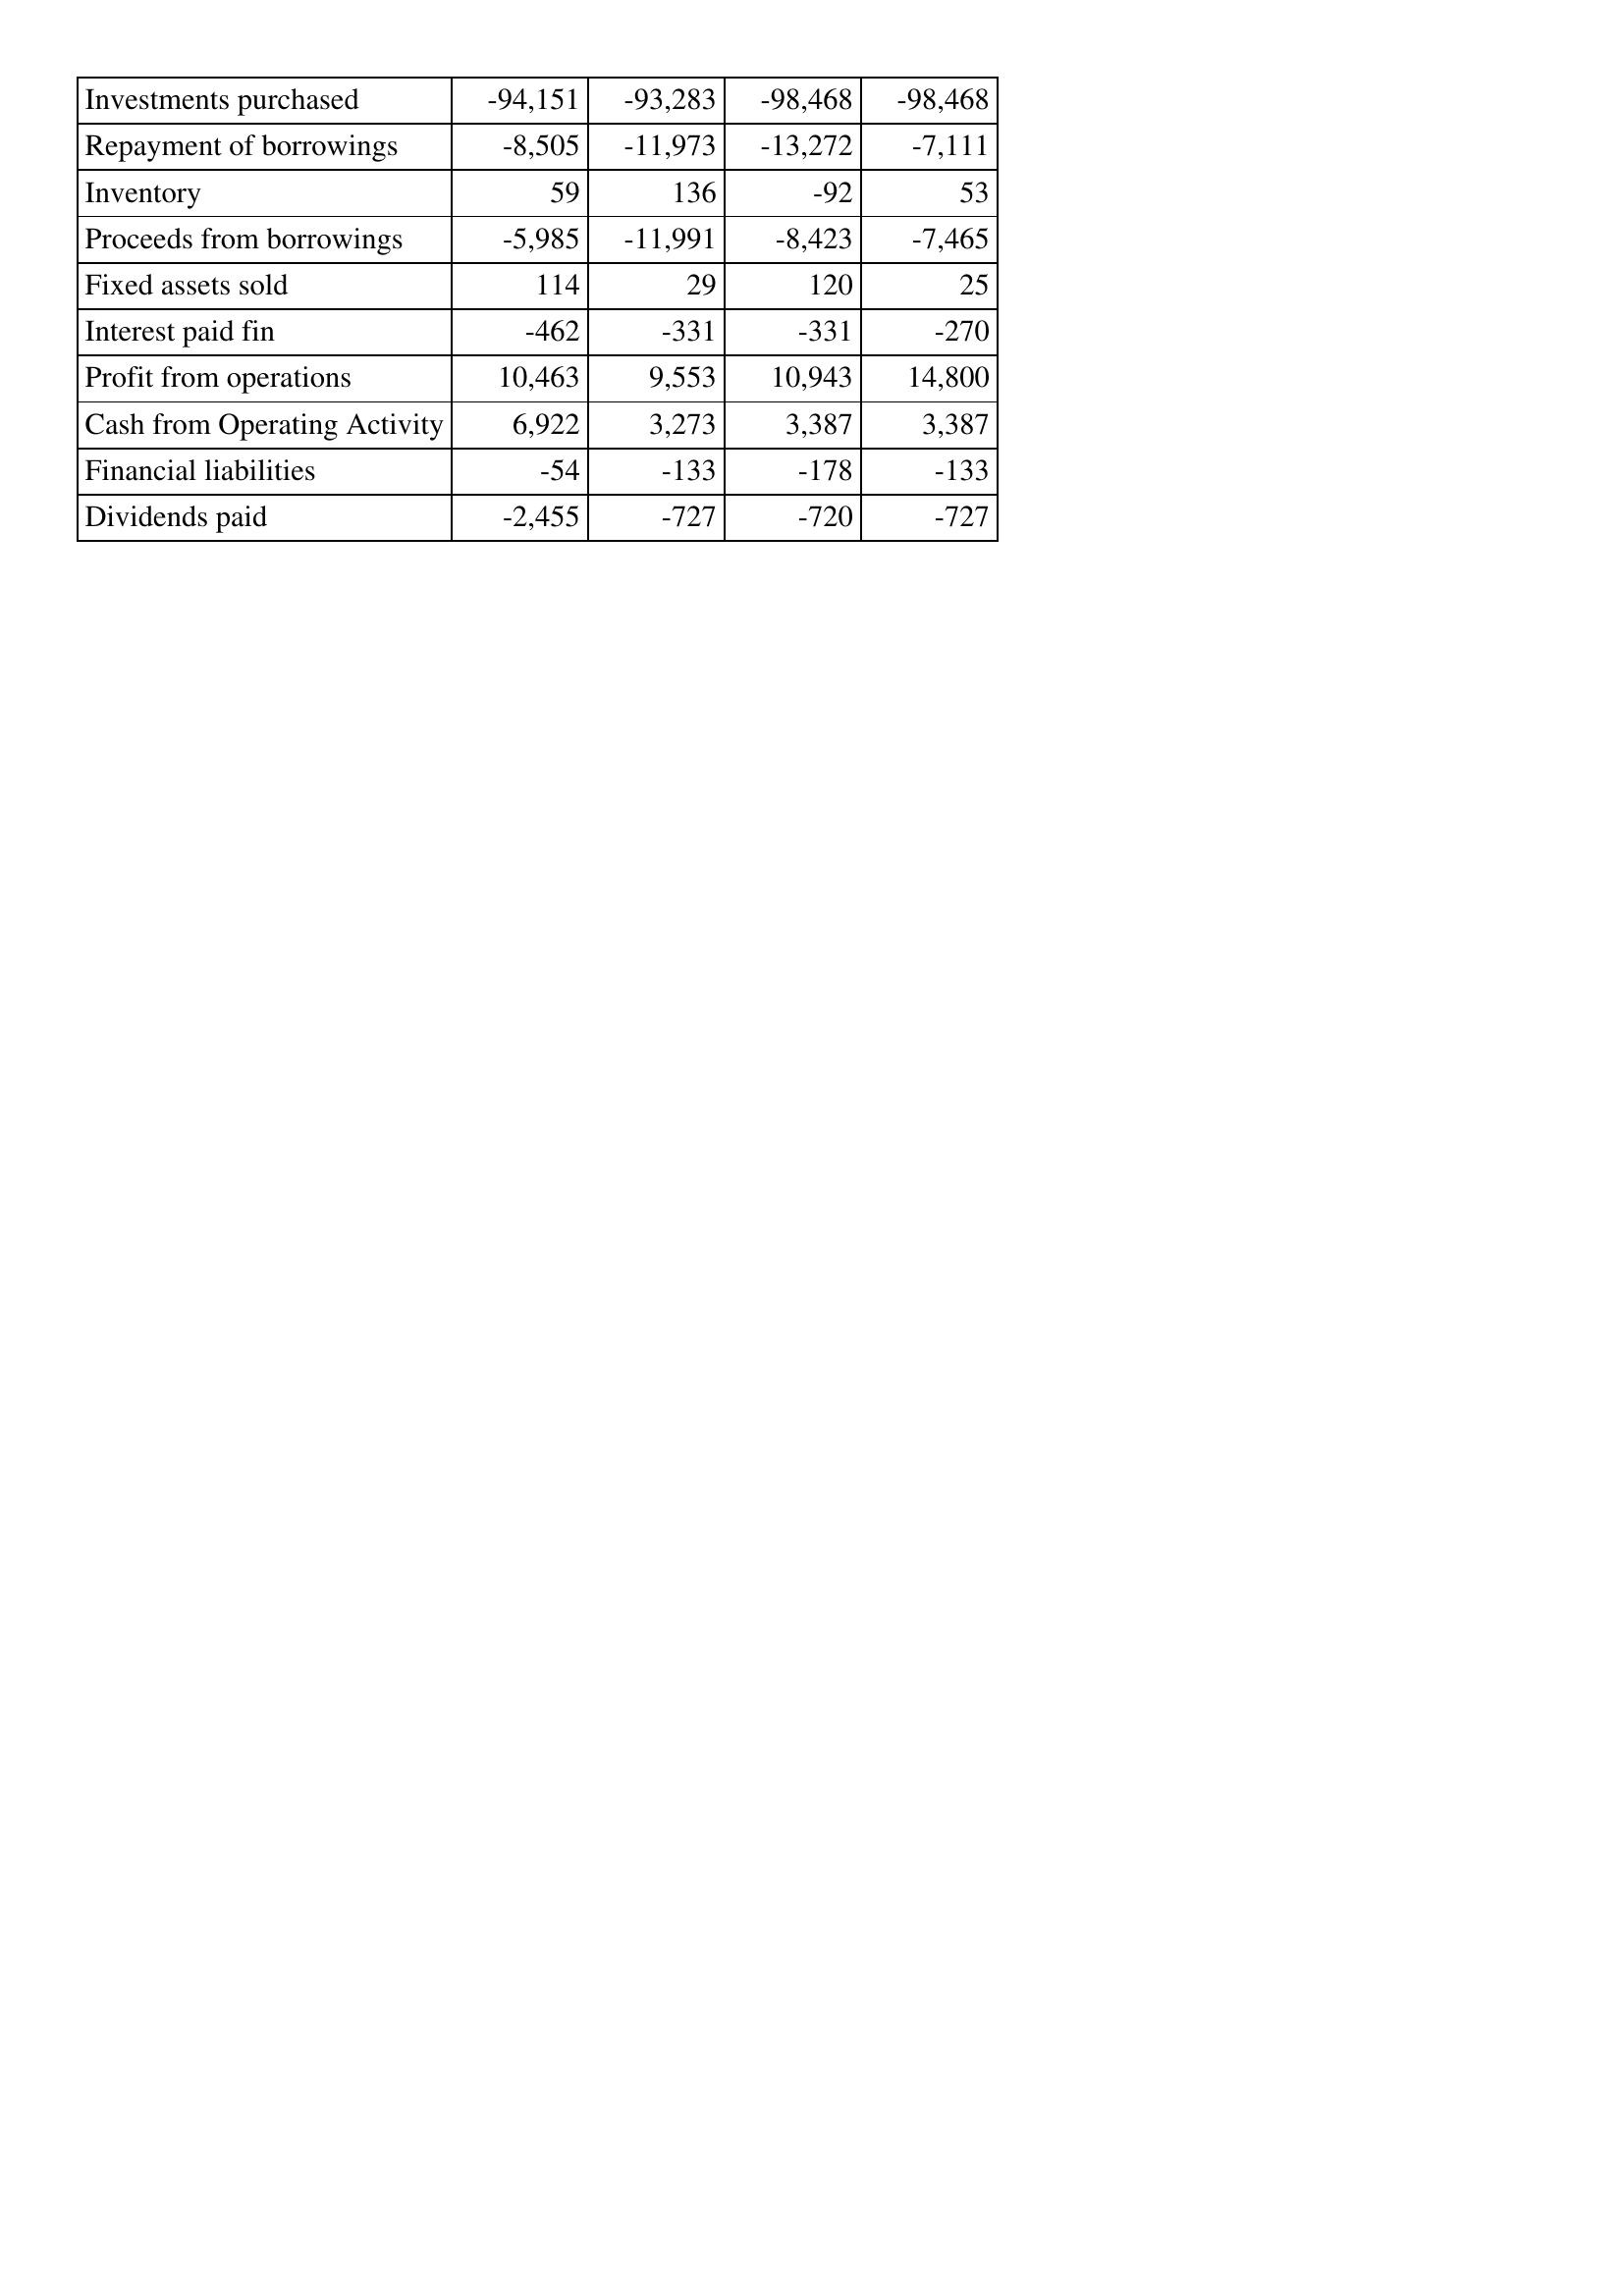
Nov-16: Cash Flows: Investments purchased: -94,151
Repayment of borrowings: -8,505
Inventory: 59
Proceeds from borrowings: -5,985
Fixed assets sold: 114
Interest paid fin: -462
Profit from operations: 10,463
Cash from Operating Activity: 6,922
Financial liabilities: -54
Dividends paid: -2,455
Nov-15: Cash Flows: Investments purchased: -93,283
Repayment of borrowings: -11,973
Inventory: 136
Proceeds from borrowings: -11,991
Fixed assets sold: 29
Interest paid fin: -331
Profit from operations: 9,553
Cash from Operating Activity: 3,273
Financial liabilities: -133
Dividends paid: -727
Nov-14: Cash Flows: Investments purchased: -98,468
Repayment of borrowings: -13,272
Inventory: -92
Proceeds from borrowings: -8,423
Fixed assets sold: 120
Interest paid fin: -331
Profit from operations: 10,943
Cash from Operating Activity: 3,387
Financial liabilities: -178
Dividends paid: -720
Nov-13: Cash Flows: Investments purchased: -98,468
Repayment of borrowings: -7,111
Inventory: 53
Proceeds from borrowings: -7,465
Fixed assets sold: 25
Interest paid fin: -270
Profit from operations: 14,800
Cash from Operating Activity: 3,387
Financial liabilities: -133
Dividends paid: -727